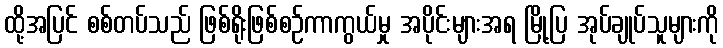
ထို့အပြင် စစ်တပ်သည် ဖြစ်ရိုးဖြစ်စဉ်ကာကွယ်မှု အပိုင်းများအရ မြို့ပြ အုပ်ချုပ်သူများကို